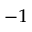
^ { - 1 }